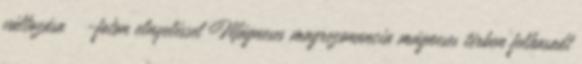
változása  -foton elnyeléssel Mágneses magrezonancia mágneses térben felhasadt